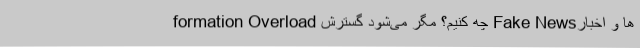
formation Overload چه کنیم؟ مگر می‌شود گسترش Fake News‌ها و اخبار